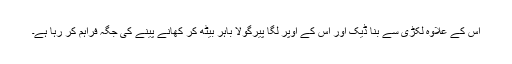
اس کے علاوہ لکڑی سے بنا ڈیک اور اس کے اوپر لگا پیرگولا باہر بیٹھ کر کھانے پینے کی جگہ فراہم کر رہا ہے۔